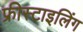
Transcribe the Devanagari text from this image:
फ्रीस्टाइलिंग